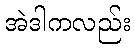
အဲဒါကလည်း